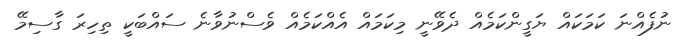
ނުފެއްނަ ކަމަކައް ޔަގީންކަމެއް ދެވޭނީ މިކަމައް އެއްކަމެއް ވެސްނުވާނެ ސައްބަކީ ތިހިރަ ގާސިމޭ